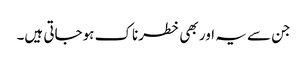
جن سے یہ اور بھی خطرناک ہوجاتی ہیں۔